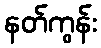
နတ်ကွန်း